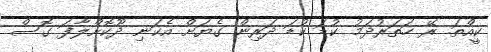
ކީއްތަ. ރޭ ހަތަރުދަމު ކުޑަ ކުޑަ ދަރިން ގެޔަށް އެކަނި ދޫކޮށްލާފަ ގޮސް